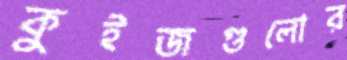
কুইজগুলোর